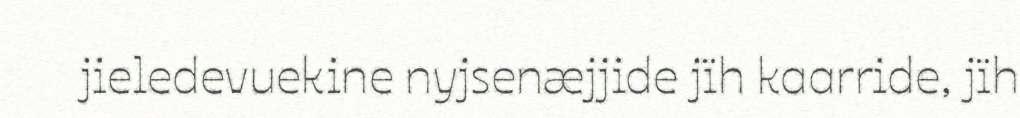
jieledevuekine nyjsenæjjide jïh kaarride, jïh